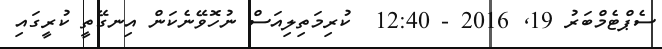
ސެޕްޓެމްބަރު 19